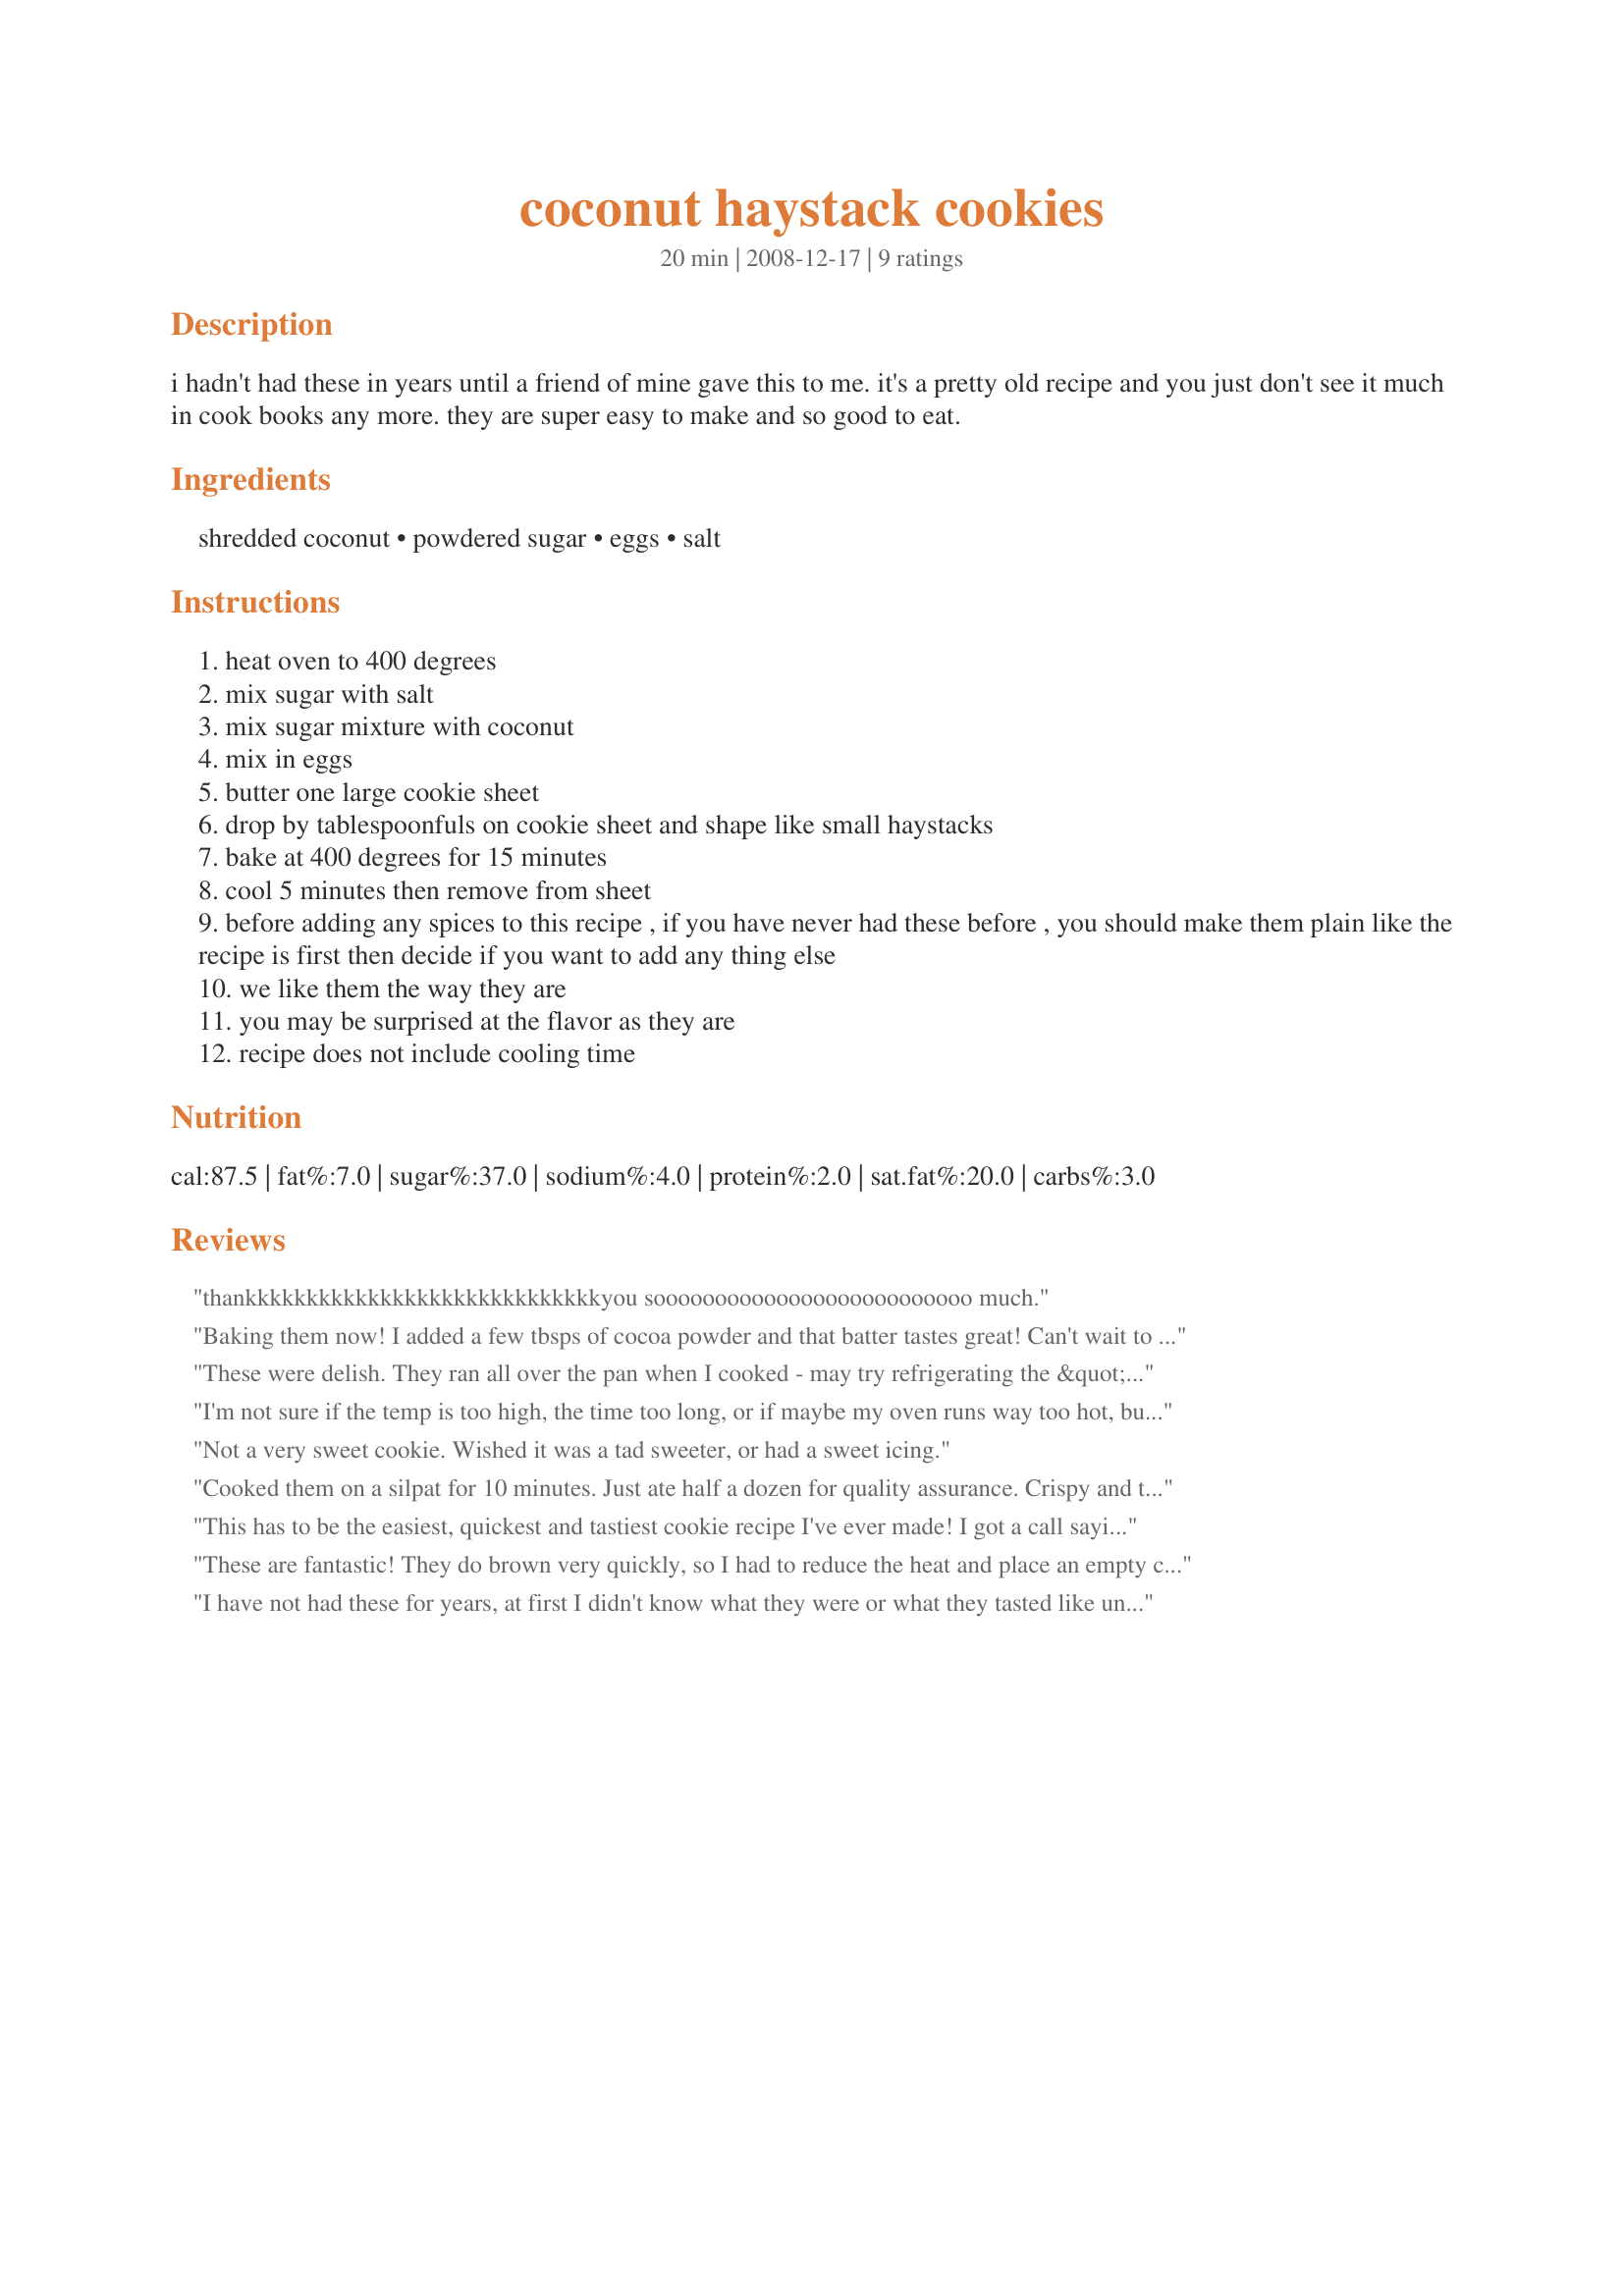
coconut haystack cookies
Preparation time: 20 minutes

i hadn't had these in years until a friend of mine gave this to me.
it's a pretty old recipe and you just don't see it much in cook books any more.
they are super easy to make and so good to eat.

Ingredients:
shredded coconut, powdered sugar, eggs, salt

Steps:
heat oven to 400 degrees
mix sugar with salt
mix sugar mixture with coconut
mix in eggs
butter one large cookie sheet
drop by tablespoonfuls on cookie sheet and shape like small haystacks
bake at 400 degrees for 15 minutes
cool 5 minutes then remove from sheet
before adding any spices to this recipe , if you have never had these before , you should make them plain like the recipe is first then decide if you want to add any thing else
we like them the way they are
you may be surprised at the flavor as they are
recipe does not include cooling time

Reviews:
thankkkkkkkkkkkkkkkkkkkkkkkkkkkkkyou soooooooooooooooooooooooooo much.
Baking them now! I added a few tbsps of cocoa powder and that batter tastes great! Can't wait to eat these!
These were delish. They ran all over the pan when I cooked - may try refrigerating the &quot;batter&quot; before I cook them the next time to see if that helps. My son drizzled melted dark chocolate over 1/2 of them - tastes just like a Mounds candy bar.
I'm not sure if the temp is too high, the time too long, or if maybe my oven runs way too hot, but my haystacks were burnt burnt burnt! My house was filled with smoke. I cooked them at the time and temp specified. Luckily, I was able to scrape off the roasted bottoms and some of the blacker bits on top of the stacks and salvage some of the cookies. What I salvaged was tasty! Next time I make these I may only bake for 10-12 minutes. This recipe was very easy and would be good to whip up for company. Thanks for posting!
Not a very sweet cookie. Wished it was a tad sweeter, or had a sweet icing.
Cooked them on a silpat for 10 minutes. Just ate half a dozen for quality assurance. Crispy and toasty.
This has to be the easiest, quickest and tastiest cookie recipe I've ever made! I got a call saying the grandkids were on the way and by the time they got here 35 minutes later, I had warm cookies waiting for them. What a great recipe! Thank you for posting. Made for Karen's Cookathon at KittenCal's Kitchen.
These are fantastic! They do brown very quickly, so I had to reduce the heat and place an empty cookie sheet on the bottom rack of the oven. I put 1/2 a marischino cherry on top of each cookie before baking, and they were soooo good!
I have not had these for years, at first I didn't know what they were or what they tasted like until my ex mother in law made them one day, I have just found the recipe for these online, I will be definitely be making them for myself and my son
